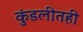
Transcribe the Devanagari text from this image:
कुंडलीतही